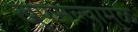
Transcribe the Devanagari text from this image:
खुपसल्यामुळे